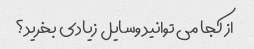
از کجا می توانید وسایل زیادی بخرید؟